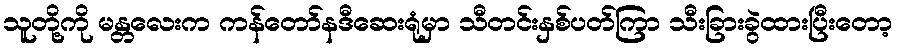
သူတို့ကို မန္တလေးက ကန်တော်နဒီဆေးရုံမှာ သီတင်းနှစ်ပတ်ကြာ သီးခြားခွဲထားပြီးတော့